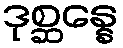
ဒုစ္ဆန္နေ